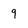
Character: 9